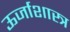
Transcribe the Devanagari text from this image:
ऊर्जाशास्त्र